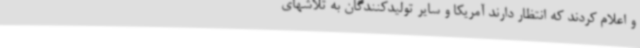
و اعلام کردند که انتظار دارند آمریکا و سایر تولیدکنندگان به تلاشهای